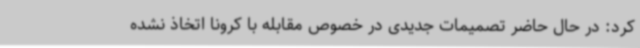
کرد: در حال حاضر تصمیمات جدیدی در خصوص مقابله با کرونا اتخاذ نشده